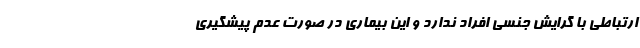
ارتباطی با گرایش جنسی افراد ندارد و این بیماری در صورت عدم پیشگیری